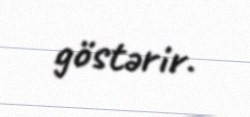
göstərir.